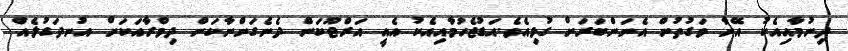
ދިނުމާއިއެކު އޭނާ ވަގުތުން އެނަންބަރަށް ގުޅިއެވެ.އަޑުޖެހުމާއިއެކު އެއީ އަރްޖޫކަން ދެނެގަންނާކަން ދިމްރާއަކަށް އުނދަގުލެއް